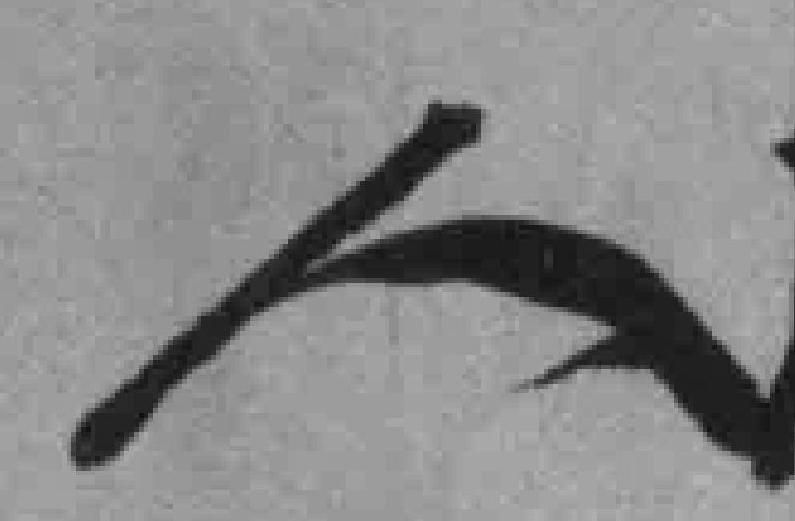
人